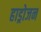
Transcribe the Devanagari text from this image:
हाड्रोजन